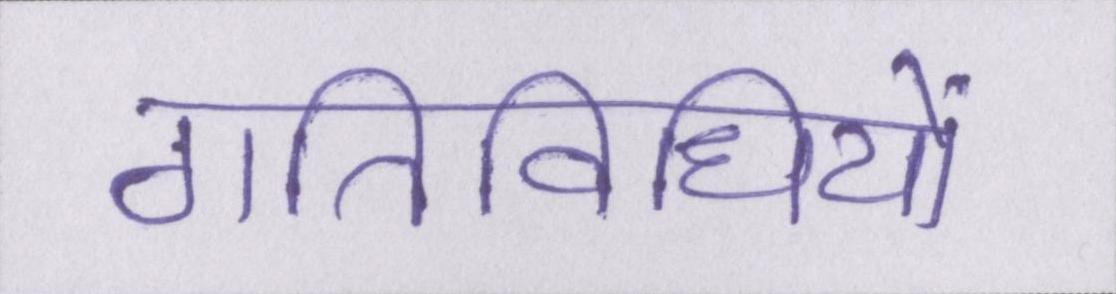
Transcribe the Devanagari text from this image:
गतिविधियों